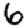
Digit: 6